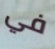
في